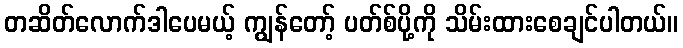
တဆိတ်လောက်ဒါပေမယ့် ကျွန်တော့် ပတ်စ်ပို့ကို သိမ်းထားစေချင်ပါတယ်။